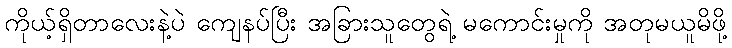
ကိုယ့်ရှိတာလေးနဲ့ပဲ ကျေနပ်ပြီး အခြားသူတွေရဲ့ မကောင်းမှုကို အတုမယူမိဖို့